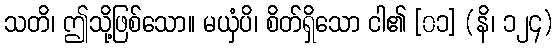
သတိ၊ ဤသို့ဖြစ်သော။ မယှံပိ၊ စိတ်ရှိသော ငါ၏ [၀၁] (နိ၊ ၁၂၄)